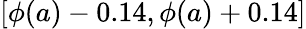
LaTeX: [\phi(a)-0.14,\phi(a)+0.14]